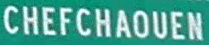
CHEFCHAOUEN